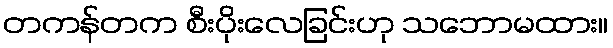
တကန်တက စီးပိုးလေခြင်းဟု သဘောမထား။